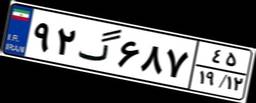
۶۹گ۳۷۶۰۵